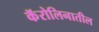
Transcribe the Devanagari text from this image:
कॅरोलिनातील